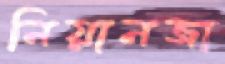
নিয়ানজা